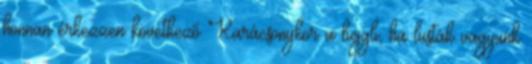
honnan érkezzen következő Karácsonykor a bejgli, ha lusták vagyunk